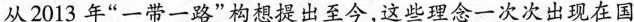
从2013年“一带一路”构想提出至今，这些理念一次次出现在国